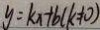
y = k x + b ( k \neq 0 )